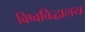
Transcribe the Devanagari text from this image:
विष्वविद्धालय